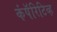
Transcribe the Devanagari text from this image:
कंपॅरिटिव्ह